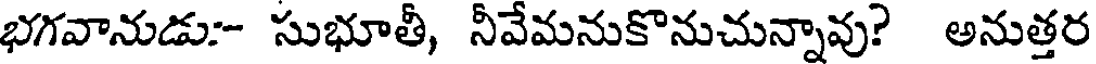
భగవానుడు:- సుభూతీ, నీవేమనుకొనుచున్నావు? అనుత్తర